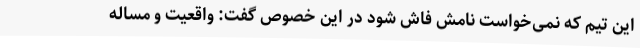
این تیم که نمی‌خواست نامش فاش شود در این خصوص گفت: واقعیت و مساله